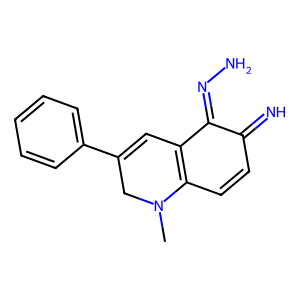
SMILES: CN1CC(c2ccccc2)=CC2=C1C=CC(=N)C2=NN
Inhibits HIV replication: No